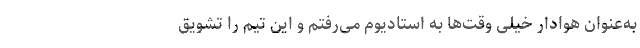
به‌عنوان هوادار خیلی وقت‌ها به استادیوم می‌رفتم و این تیم را تشویق